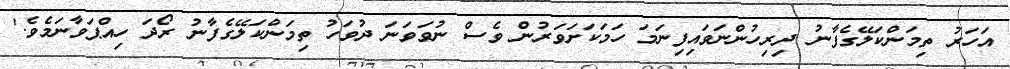
އަހަރު ތިމަންކަލޭގެފާނު ދިރިހުންނަވައިފިނަމަ ހަމަކަށަވަރުން ވެސް ނުވަވަނަ ދުވަހު ތިމަންކަލޭގެފާނު ރޯދަ ހިއްޕަވާނަމެވެ.'